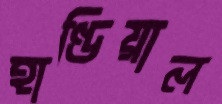
হাণ্ডিয়াল